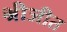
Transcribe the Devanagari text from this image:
श्रीजीत